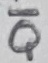
Text: Q